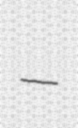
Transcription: –